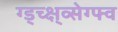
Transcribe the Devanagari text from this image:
ग्ड्च्क्ष्व्सेग्फ्व